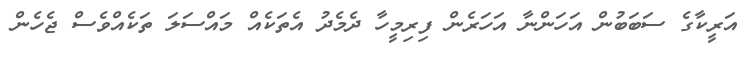
އަރީކާގެ ސަބަބުން އަހަންނާ އަހަރެން ފިރިމީހާ ދެމެދު އެތަކެއް މައްސަލަ ތަކެއްވެސް ޖެހެން